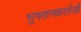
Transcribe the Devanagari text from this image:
भुगतानकर्ताओं